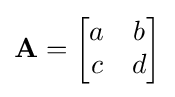
\mathbf {A} ={\begin{bmatrix}a&b\\c&d\end{bmatrix}}